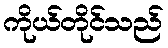
ကိုယ်တိုင်သည်